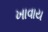
ખાવાય